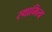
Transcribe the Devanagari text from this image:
स्थामित्व